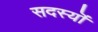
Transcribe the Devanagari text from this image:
सदस्यॊं